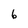
Character: 6